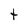
Character: t